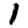
Digit: 1